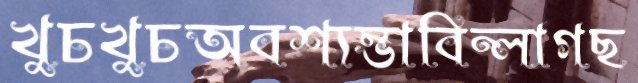
খুচখুচঅবশ্যম্ভাবিন্লাগছ